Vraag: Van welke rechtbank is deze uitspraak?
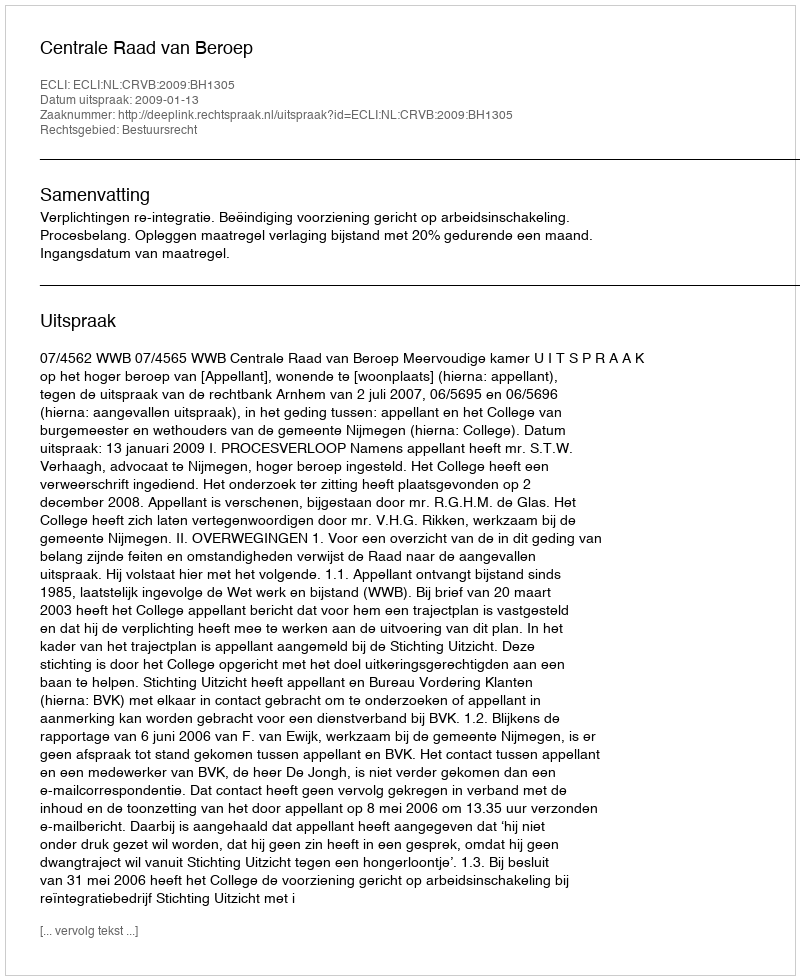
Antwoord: Centrale Raad van Beroep